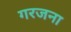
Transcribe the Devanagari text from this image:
गरजना